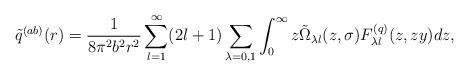
LaTeX: \begin{align*}\tilde q^{(ab)}(r)=\frac{1}{8\pi ^2b^2r^2}\sum_{l=1}^{\infty}(2l+1)\sum_{\lambda =0,1}\int_{0}^{\infty}{z\tilde \Omega _{\lambda l}(z,\sigma )F_{\lambda l}^{(q)}(z,zy)dz},\end{align*}